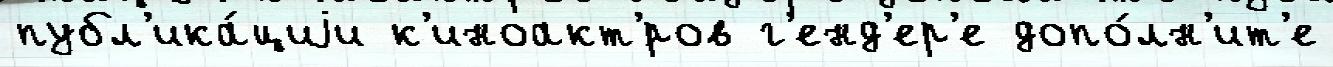
публ'ика́циjи к'иноакт'́ров г'енд'ер'е допо́лн'ит'е